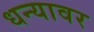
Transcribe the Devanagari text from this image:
धन्यावर